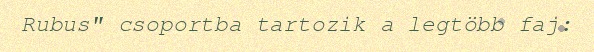
Rubus" csoportba tartozik a legtöbb faj: